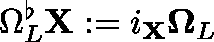
\Omega _ { L } ^ { \flat } \mathbf { X } : = i _ { \mathbf { X } } \mathbf { \Omega } _ { L }